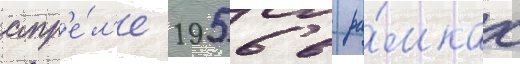
апр'е́л'е 1956 в ра́мках